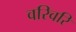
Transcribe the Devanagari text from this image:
वरिवरि